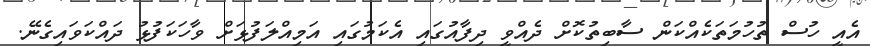
އެއީ ހުސް ތުހުމަތަކެއްކަން ސާބިތުކޮށް ދެއްވީ ދިފާއުގައި އެކަމުގައި އަމިއްލަފުޅަށް ވާހަކަފުޅު ދައްކަވައިގެނޭ.